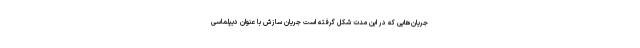
جریان‌هایی که در این مدت شکل گرفته است جریان سازش با عنوان دیپلماسی